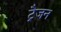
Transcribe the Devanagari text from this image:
ट्रैजन